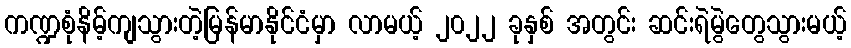
ကဏ္ဍစုံနိမ့်ကျသွားတဲ့မြန်မာနိုင်ငံမှာ လာမယ့် ၂၀၂၂ ခုနှစ် အတွင်း ဆင်းရဲမွဲတွေသွားမယ့်